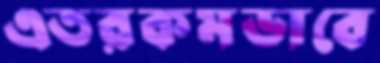
এতরকমভাবে